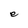
Character: e